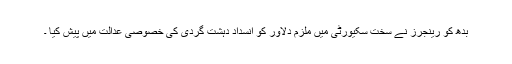
بدھ کو رینجرز نے سخت سکیورٹی میں ملزم دلاور کو انسداد دہشت گردی کی خصوصی عدالت میں پیش کیا ۔